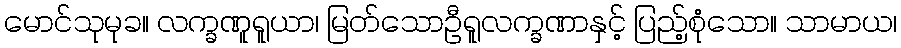
မောင်သုမုခ။ လက္ခဏူရူယာ၊ မြတ်သောဦရူလက္ခဏာနှင့် ပြည့်စုံသော။ သာမာယ၊